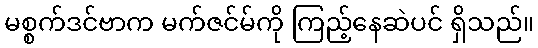
မစ္စက်ဒင်ဗာက မက်ဇင်မ်ကို ကြည့်နေဆဲပင် ရှိသည်။